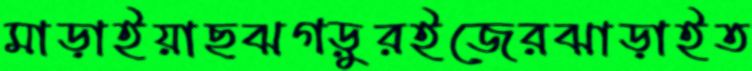
মাড়াইয়াছঝগড়ুরইজেরঝাড়াইত